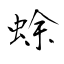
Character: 蜍